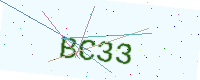
Text: BC33